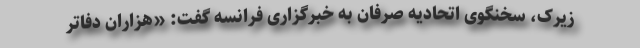
زیرک، سخنگوی اتحادیه صرفان به خبرگزاری فرانسه گفت: «هزاران دفاتر